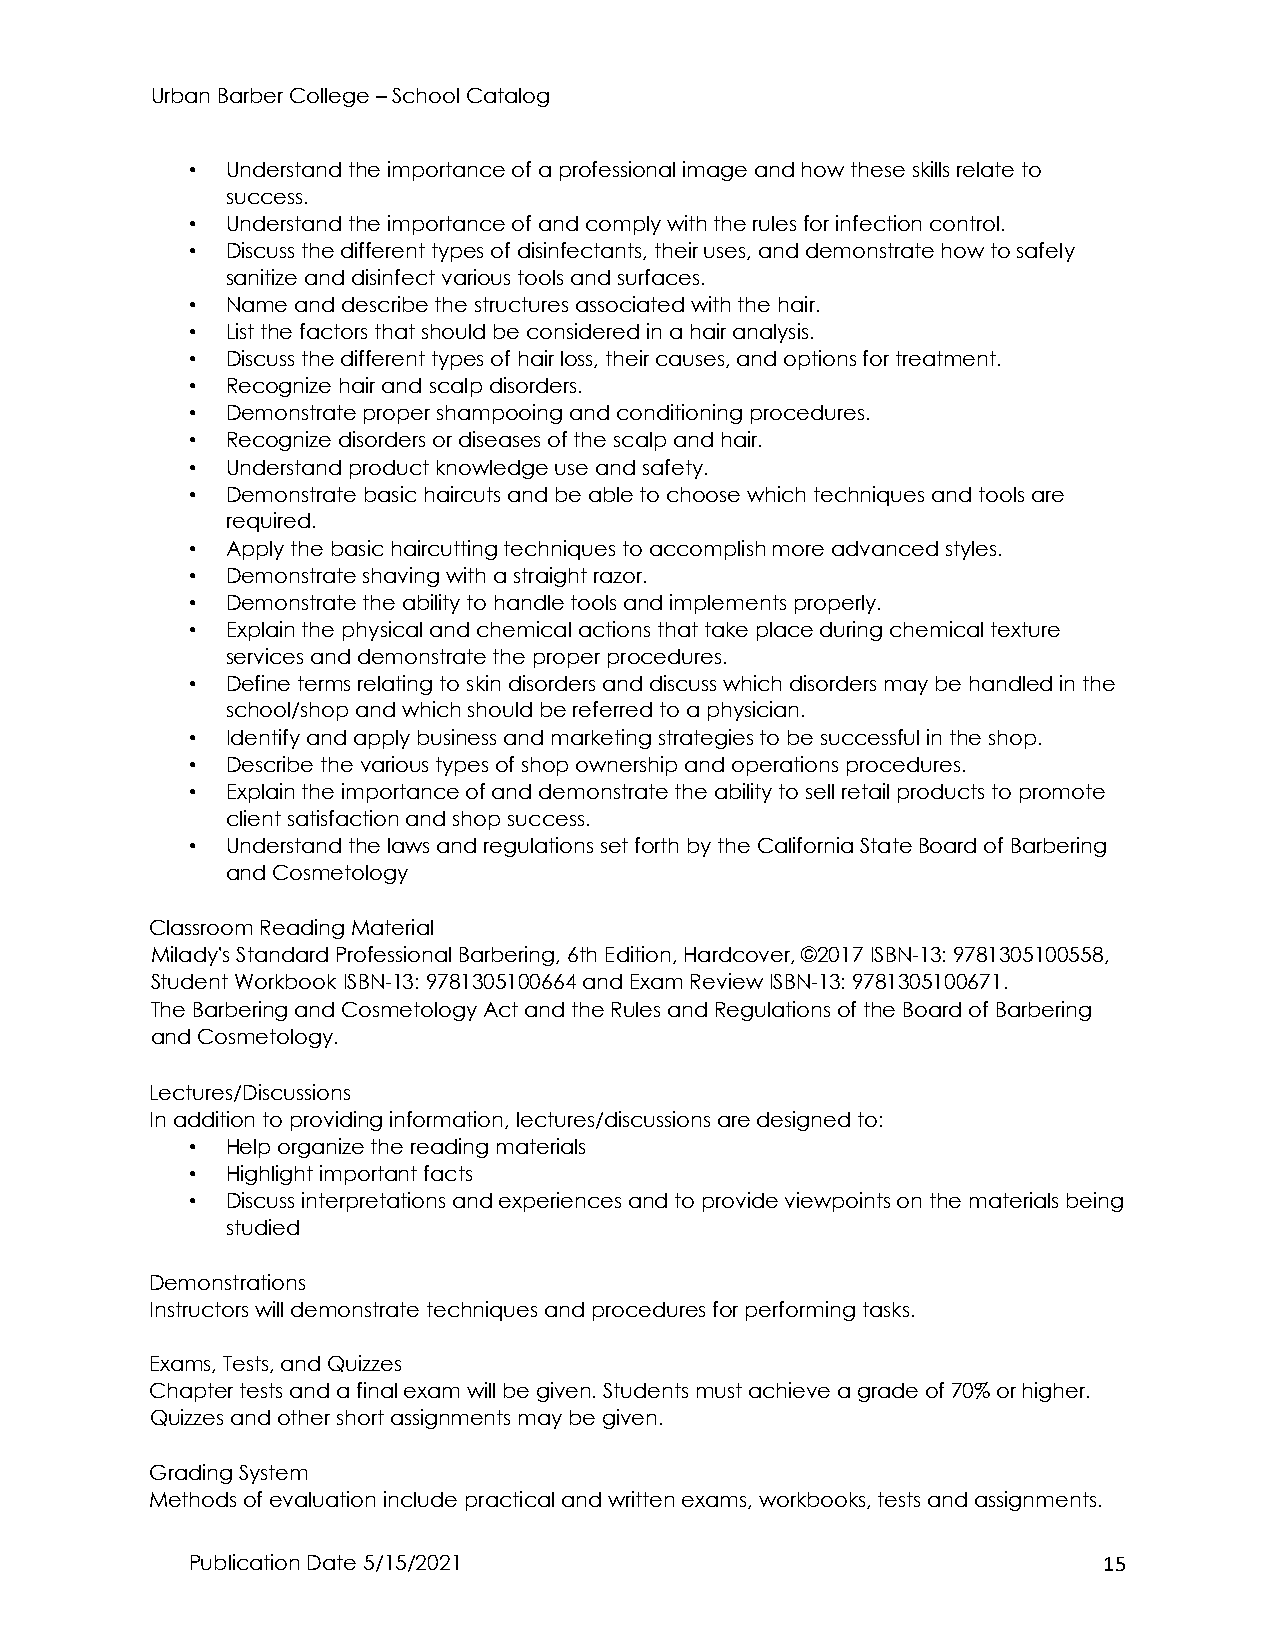
Urban Barber College – School Catalog
 •  Understand the importance of a professional image and how these skills relate to
 success.
 •  Understand the importance of and comply with the rules for infection control.
 •  Discuss the different types of disinfectants, their uses, and demonstrate how to safely
 sanitize and disinfect various tools and surfaces.
 •  Name and describe the structures associated with the hair.
 •  List the factors that should be considered in a hair analysis.
 •  Discuss the different types of hair loss, their causes, and options for treatment.
 •  Recognize hair and scalp disorders.
 •  Demonstrate proper shampooing and conditioning procedures.
 •  Recognize disorders or diseases of the scalp and hair.
 •  Understand product knowledge use and safety.
 •  Demonstrate basic haircuts and be able to choose which techniques and tools are
 required.
 •  Apply the basic haircutting techniques to accomplish more advanced styles.
 •  Demonstrate shaving with a straight razor.
 •  Demonstrate the ability to handle tools and implements properly.
 •  Explain the physical and chemical actions that take place during chemical texture
 services and demonstrate the proper procedures.
 •  Define terms relating to skin disorders and discuss which disorders may be handled in the
 school/shop and which should be referred to a physician.
 •  Identify and apply business and marketing strategies to be successful in the shop.
 •  Describe the various types of shop ownership and operations procedures.
 •  Explain the importance of and demonstrate the ability to sell retail products to promote
 client satisfaction and shop success.
 •  Understand the laws and regulations set forth by the California State Board of Barbering
 and Cosmetology
 Classroom Reading Material
 Milady's Standard Professional Barbering, 6th Edition, Hardcover, ©2017 ISBN-13: 9781305100558,
 Student Workbook ISBN-13: 9781305100664 and Exam Review ISBN-13: 9781305100671.
 The Barbering and Cosmetology Act and the Rules and Regulations of the Board of Barbering
 and Cosmetology.
 Lectures/Discussions
 In addition to providing information, lectures/discussions are designed to:
 •  Help organize the reading materials
 •  Highlight important facts
 •  Discuss interpretations and experiences and to provide viewpoints on the materials being
 studied
 Demonstrations
 Instructors will demonstrate techniques and procedures for performing tasks.
 Exams, Tests, and Quizzes
 Chapter tests and a final exam will be given. Students must achieve a grade of 70% or higher.
 Quizzes and other short assignments may be given.
 Grading System
 Methods of evaluation include practical and written exams, workbooks, tests and assignments.
 Publication Date 5/15/2021                                   15